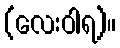
(လေးဝါရ)။